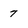
Character: 7